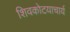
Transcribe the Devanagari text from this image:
शिवकोटयाचार्य